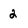
Character: 2